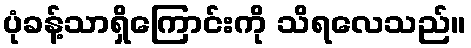
ပုံခန့်သာရှိကြောင်းကို သိရလေသည်။